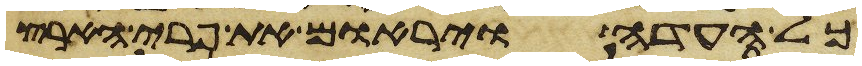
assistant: כל העדה ויראום את פרי הארץ